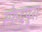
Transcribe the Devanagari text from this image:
स्फेद्पुरा